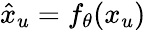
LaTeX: \hat{x}_{u}=f_{\theta}(x_{u})